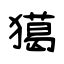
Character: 獦